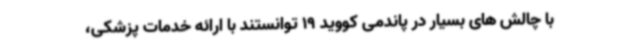
با چالش های بسیار در پاندمی کووید 19 توانستند با ارائه خدمات پزشکی،